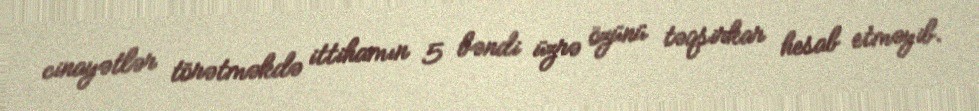
cinayətlər törətməkdə ittihamın 5 bəndi üzrə özünü təqsirkar hesab etməyib.